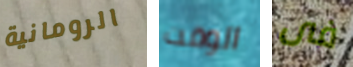
الرومانية الوقت فى